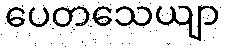
ပေတသေယျာ